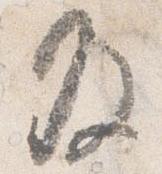
及